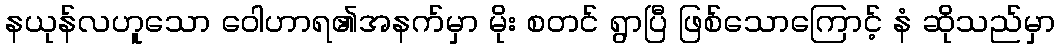
နယုန်လဟူသော ဝေါဟာရ၏အနက်မှာ မိုး စတင် ရွာပြီ ဖြစ်သောကြောင့် နံ ဆိုသည်မှာ